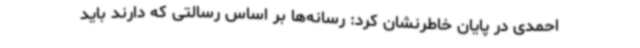
احمدی در پایان خاطرنشان کرد: رسانه‌ها بر اساس رسالتی که دارند باید